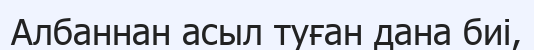
Албаннан асыл туған дана биі,